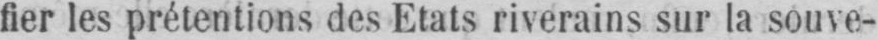
fier les prétentions des Etats riverains sur la souve-